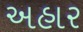
અહાર